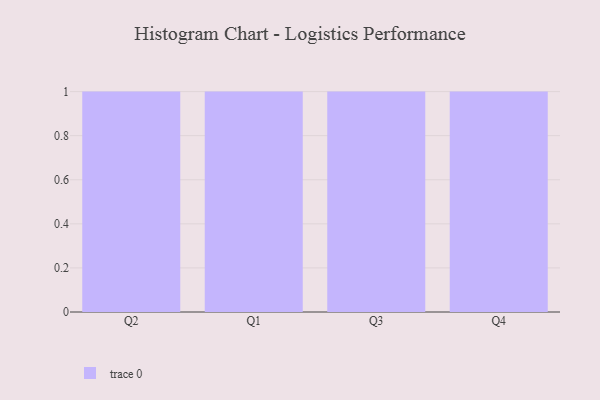
{"axis": {"x": "Quarter", "y": "Headcount"}, "legend": [""], "data": [{"x": "Q2", "y": 30, "type": ""}, {"x": "Q1", "y": 30, "type": ""}, {"x": "Q3", "y": 56, "type": ""}, {"x": "Q4", "y": 95, "type": ""}]}